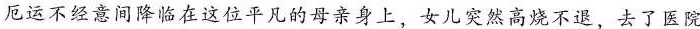
厄运不经意间降临在这位平凡的母亲身上，女儿突然高烧不退，去了医院